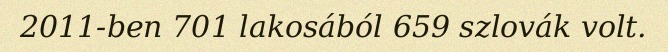
2011-ben 701 lakosából 659 szlovák volt.